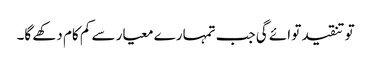
تو تنقید تو ائے گی جب تمہارے معیار سے کم کام دکھے گا۔